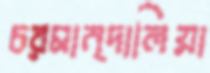
চরমান্দালিয়া